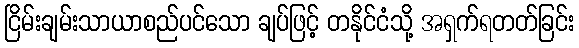
ငြိမ်းချမ်းသာယာစည်ပင်သော ချပ်ဖြင့် တနိုင်ငံသို့ အရှက်ရတတ်ခြင်း